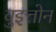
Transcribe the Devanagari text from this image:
वुइत्तोन